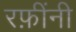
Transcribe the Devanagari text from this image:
रफ़ींनी